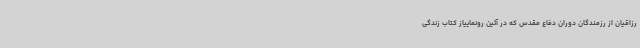
رزاقیان از رزمندگان دوران دفاع مقدس که در آئین رونماییاز کتاب زندگی